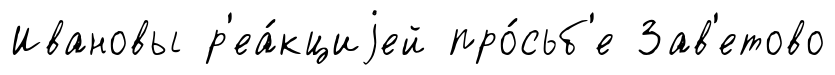
Ивановы р'еа́кциjей про́сьб'е Зав'етово